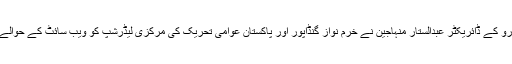
منہاج انٹرنیٹ بیورو کے ڈائریکٹر عبدالستار منہاجین نے خرم نواز گنڈاپور اور پاکستان عوامی تحریک کی مرکزی لیڈرشپ کو ویب سائٹ کے حوالے سے بریفنگ دی۔